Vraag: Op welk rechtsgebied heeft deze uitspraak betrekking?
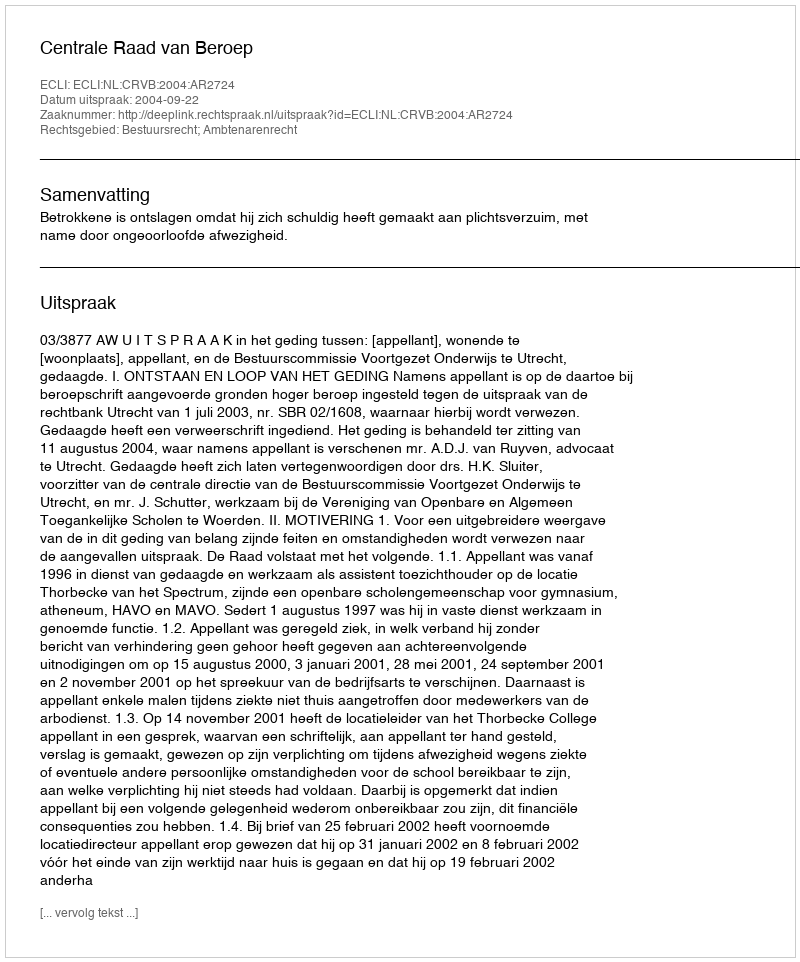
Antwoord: Bestuursrecht; Ambtenarenrecht